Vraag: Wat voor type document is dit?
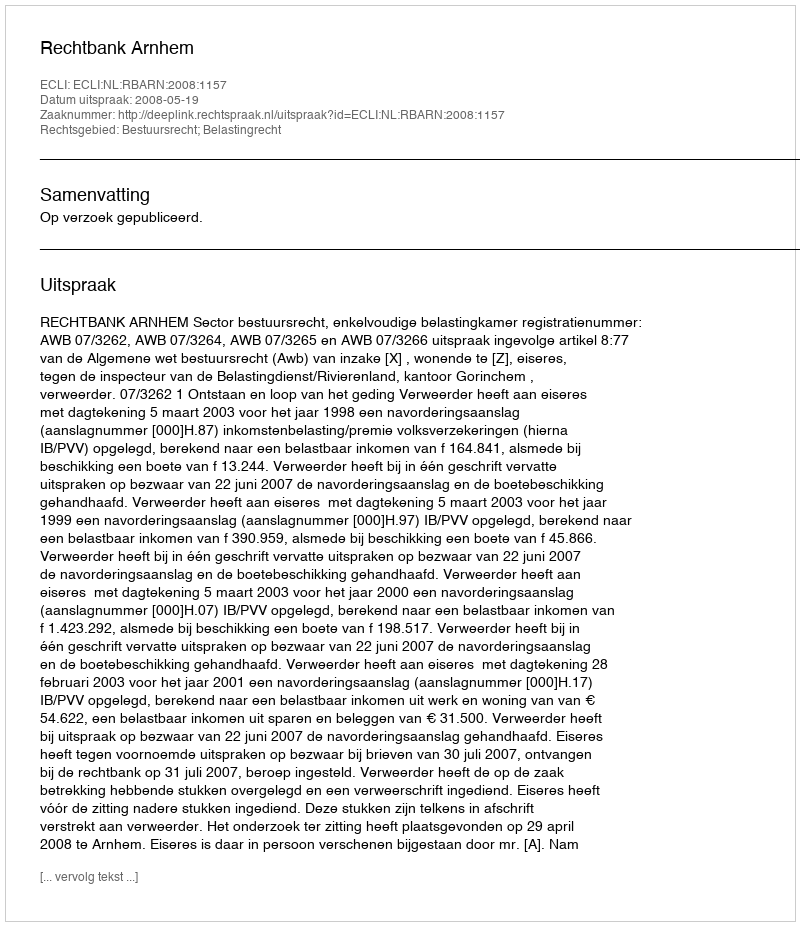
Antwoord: Uitspraak